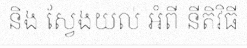
និង ស្វែងយល់ អំពី នីតិវិធី